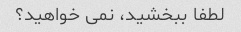
لطفا ببخشید، نمی خواهید؟